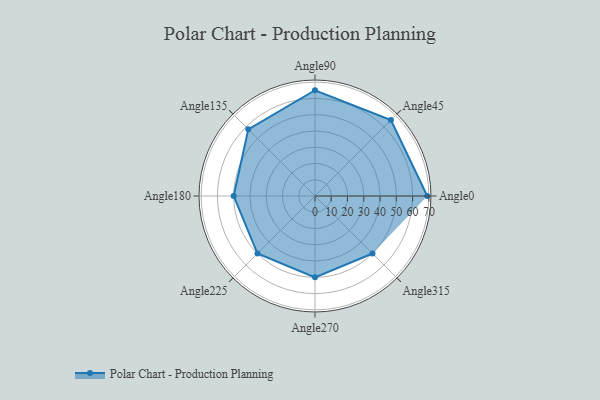
{"axis": {"x": "Angle", "y": "Radius"}, "legend": [""], "data": [{"x": "Angle0", "y": 69.0, "type": ""}, {"x": "Angle45", "y": 66.0, "type": ""}, {"x": "Angle90", "y": 65.0, "type": ""}, {"x": "Angle135", "y": 58.0, "type": ""}, {"x": "Angle180", "y": 50.0, "type": ""}, {"x": "Angle225", "y": 50, "type": ""}, {"x": "Angle270", "y": 50, "type": ""}, {"x": "Angle315", "y": 50, "type": ""}]}